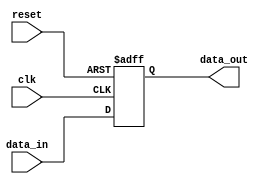
module async_reset_behavioral (
    input wire clk,          // Clock signal
    input wire reset,        // Asynchronous reset signal
    input wire [7:0] data_in, // Sample data input
    output reg [7:0] data_out // Sample data output
);

// Define a reset value for the output
parameter RESET_VALUE = 8'b00000000;

always @(posedge clk or posedge reset) begin
    if (reset) begin
        // Asynchronous reset condition
        data_out <= RESET_VALUE; // Set output to reset value
    end else begin
        // Normal operation updates
        data_out <= data_in; // Update output with input data
    end
end

endmodule